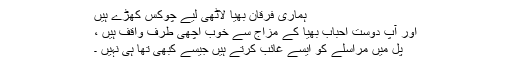
ہماری فرقان بھیا لاٹھی لیے چوکس کھڑے ہیں
اور آپ دوست احباب بھیا کے مزاج سے خوب اچھی طرف واقف ہیں ،
پل میں مراسلے کو ایسے غائب کرتے ہیں جیسے کبھی تھا ہی نہیں ۔